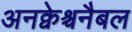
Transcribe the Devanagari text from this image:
अनक्वेश्चनैबल